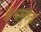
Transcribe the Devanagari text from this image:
कैथामुक्कु